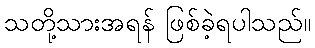
သတို့သားအရန် ဖြစ်ခဲ့ရပါသည်။